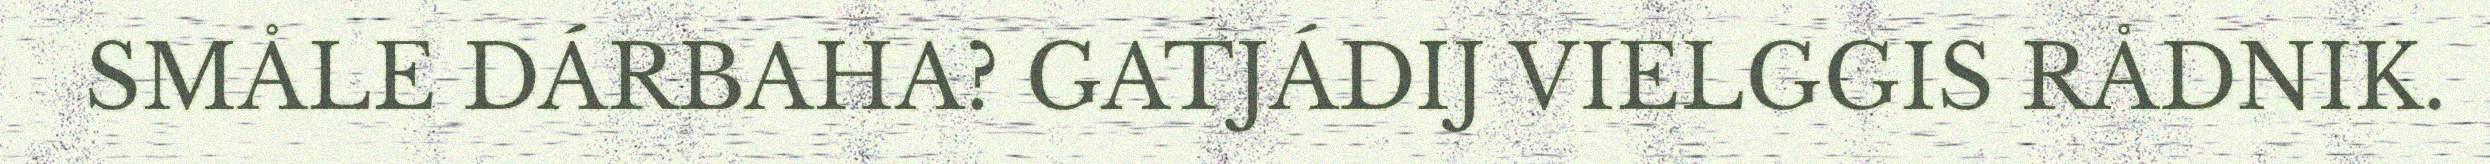
SMÅLE DÁRBAHA? GATJÁDIJ VIELGGIS RÅDNIK.